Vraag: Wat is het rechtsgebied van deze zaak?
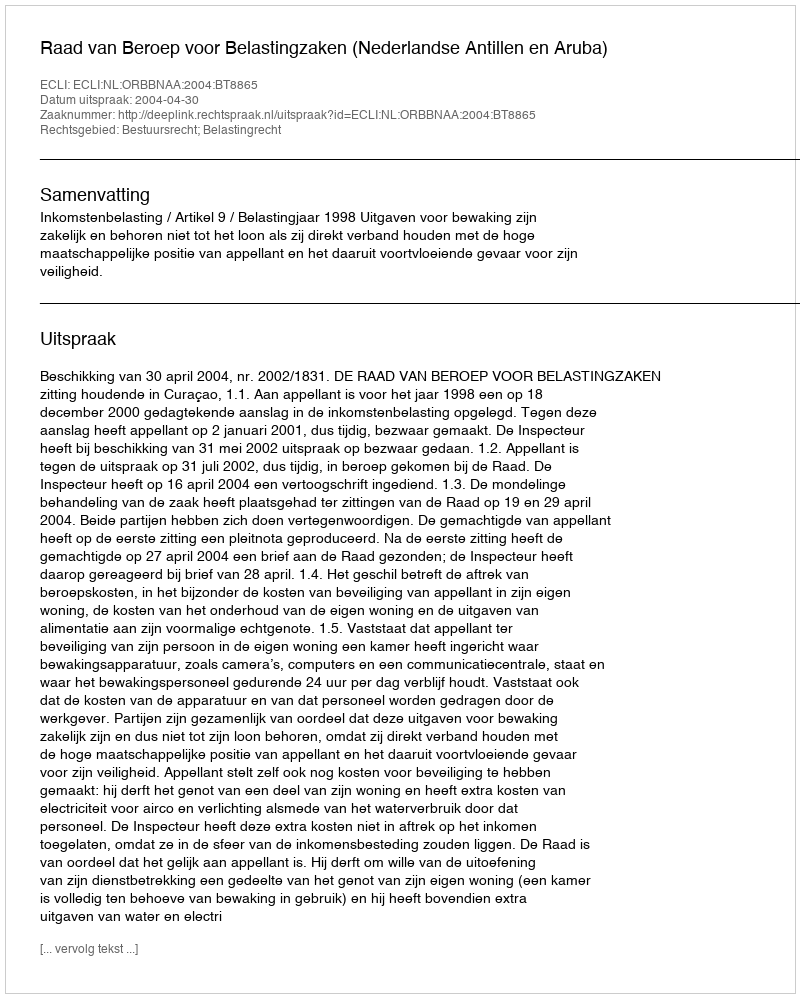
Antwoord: Bestuursrecht; Belastingrecht